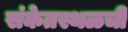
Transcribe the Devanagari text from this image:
संकेतस्थळची